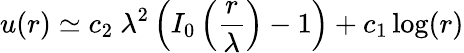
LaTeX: u(r)\simeq c_{2}\ \lambda^{2}\left(I_{0}\left(\frac{r}{\lambda}\right)-1\right)+c_{1}\log(r)